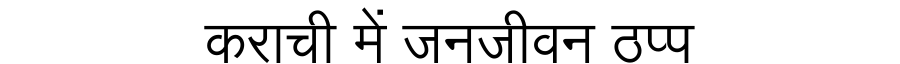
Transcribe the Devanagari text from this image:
कराची में जनजीवन ठप्प